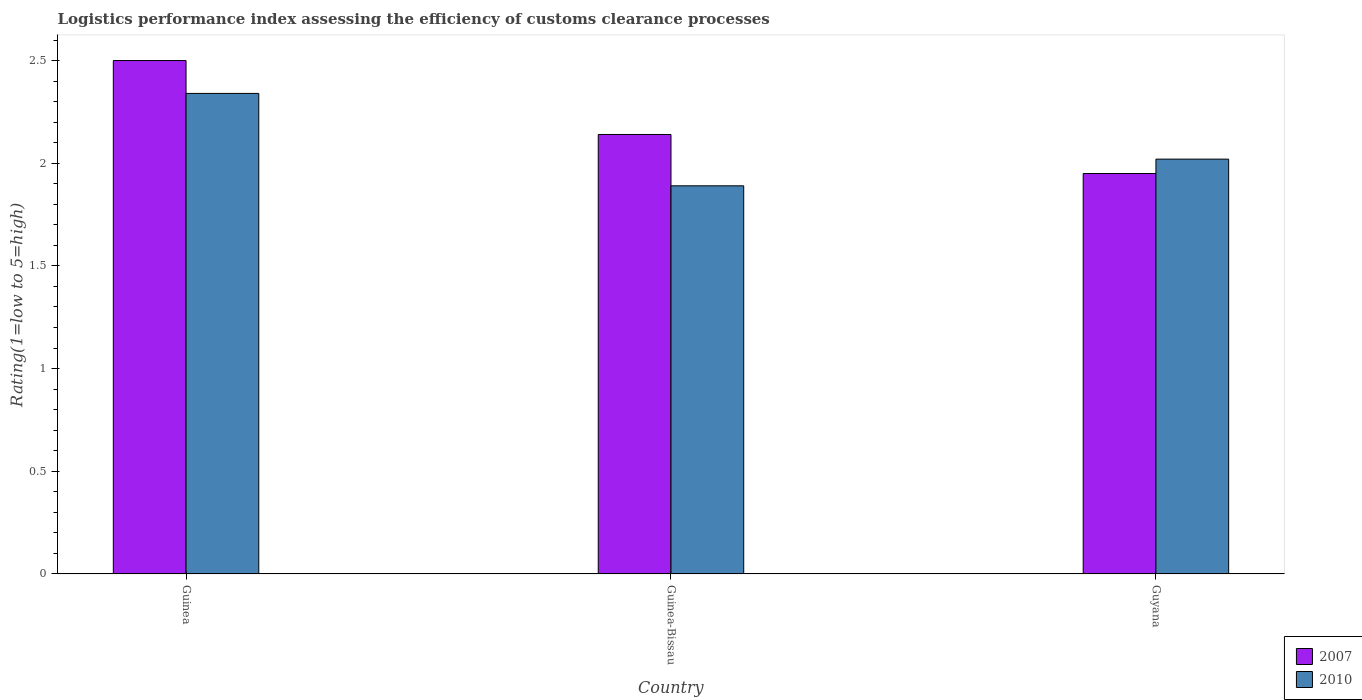
| Country | 2007 | 2010 |
 | --- | --- | --- |
 | Guinea | 2.5 | 2.34 |
 | Guinea-Bissau | 2.14 | 1.89 |
 | Guyana | 1.95 | 2.02 |